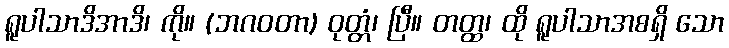
ရူပါသာဒိအာဒိ၊ ကို။ (ဘဂဝတာ) ဝုတ္တံ၊ ပြီ။ တတ္ထ၊ ထို ရူပါသာအစရှိ သော